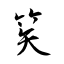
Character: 笶